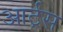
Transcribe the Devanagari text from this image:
आर्ट़स